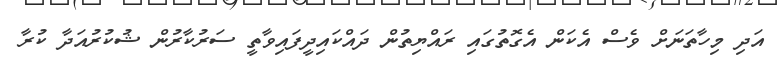
އަދި މިހާތަނަށް ވެސް އެކަން އެގޮތުގައި ރައްޔިތުން ދައްކައިދީފައިވާތީ ސަރުކާރުން ޝުކުރުއަދާ ކުރާ